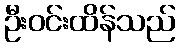
ဦးဝင်းထိန်သည်